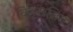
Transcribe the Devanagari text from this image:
विश्रृंखलित